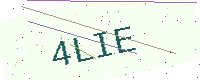
Text: 4LIE